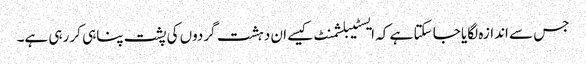
جس سے اندازہ لگایا جا سکتا ہے کہ ایسٹیبلشمنٹ کیسے ان دہشت گردوں کی پشت پناہی کر رہی ہے۔